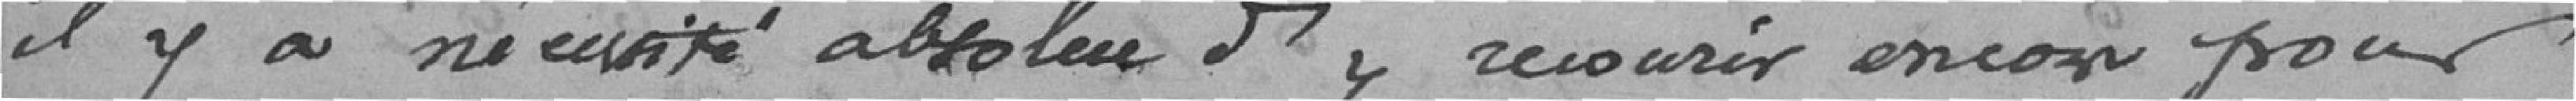
il y a nécessité absolue d'y recourir encore pour